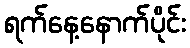
ရက်နေ့နောက်ပိုင်း